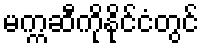
မက္ကဆီကိုနိုင်ငံတွင်